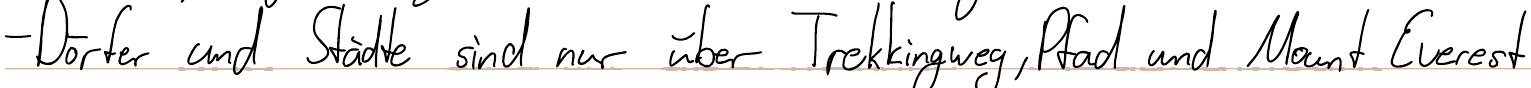
- Dörfer und Städte sind nur über Trekkingweg, Pfad und Mount Everest